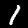
Label: 1